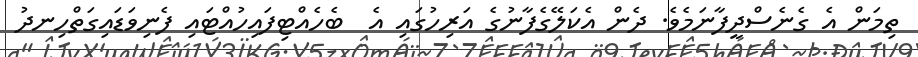
ތިމަން އެ ގެނެސްދީފާނަމެވެ. ދެން އެކަލޭގެފާނުގެ އަރިހުގައި އެ  ބެހެއްޓިފައިހުއްޓައި ފެނިވަޑައިގަތްހިނދު